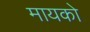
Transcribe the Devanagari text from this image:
मायको